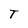
Character: T